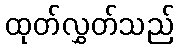
ထုတ်လွှတ်သည်